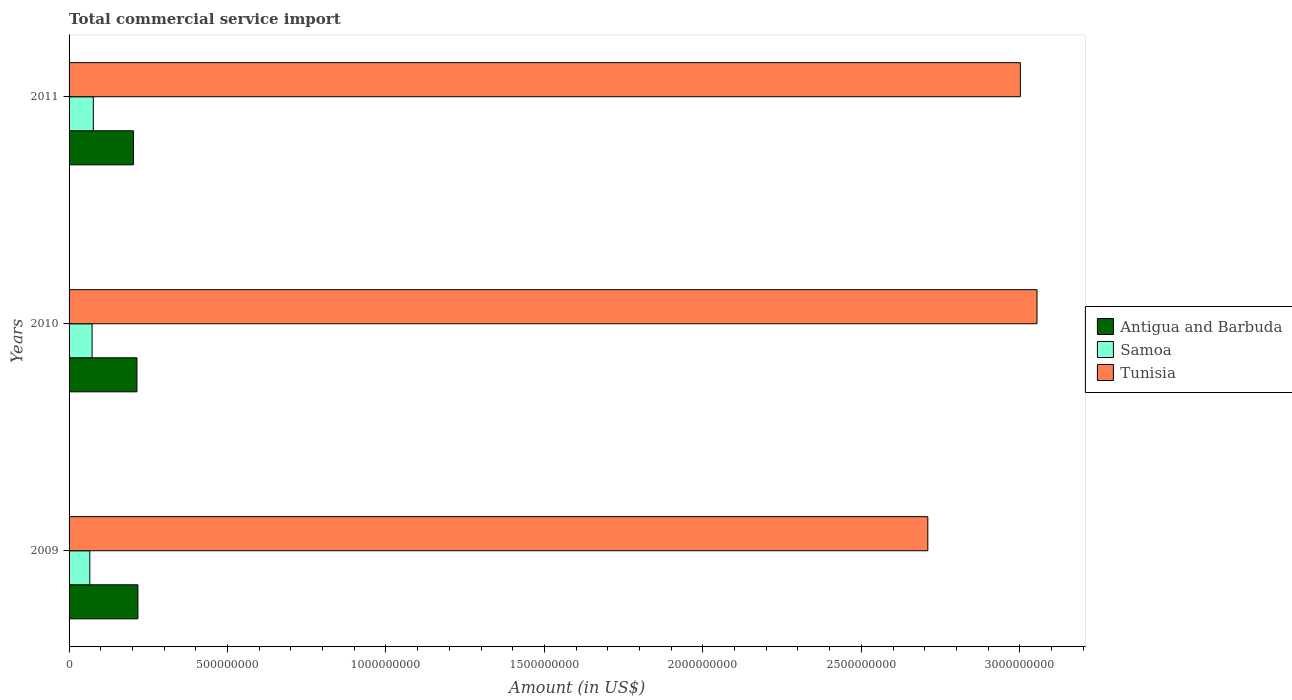
| Years | Antigua and Barbuda | Samoa | Tunisia |
 | --- | --- | --- | --- |
 | 2009 | 2.17e+08 | 6.55e+07 | 2.71e+09 |
 | 2010 | 2.14e+08 | 7.26e+07 | 3.05e+09 |
 | 2011 | 2.03e+08 | 7.65e+07 | 3e+09 |